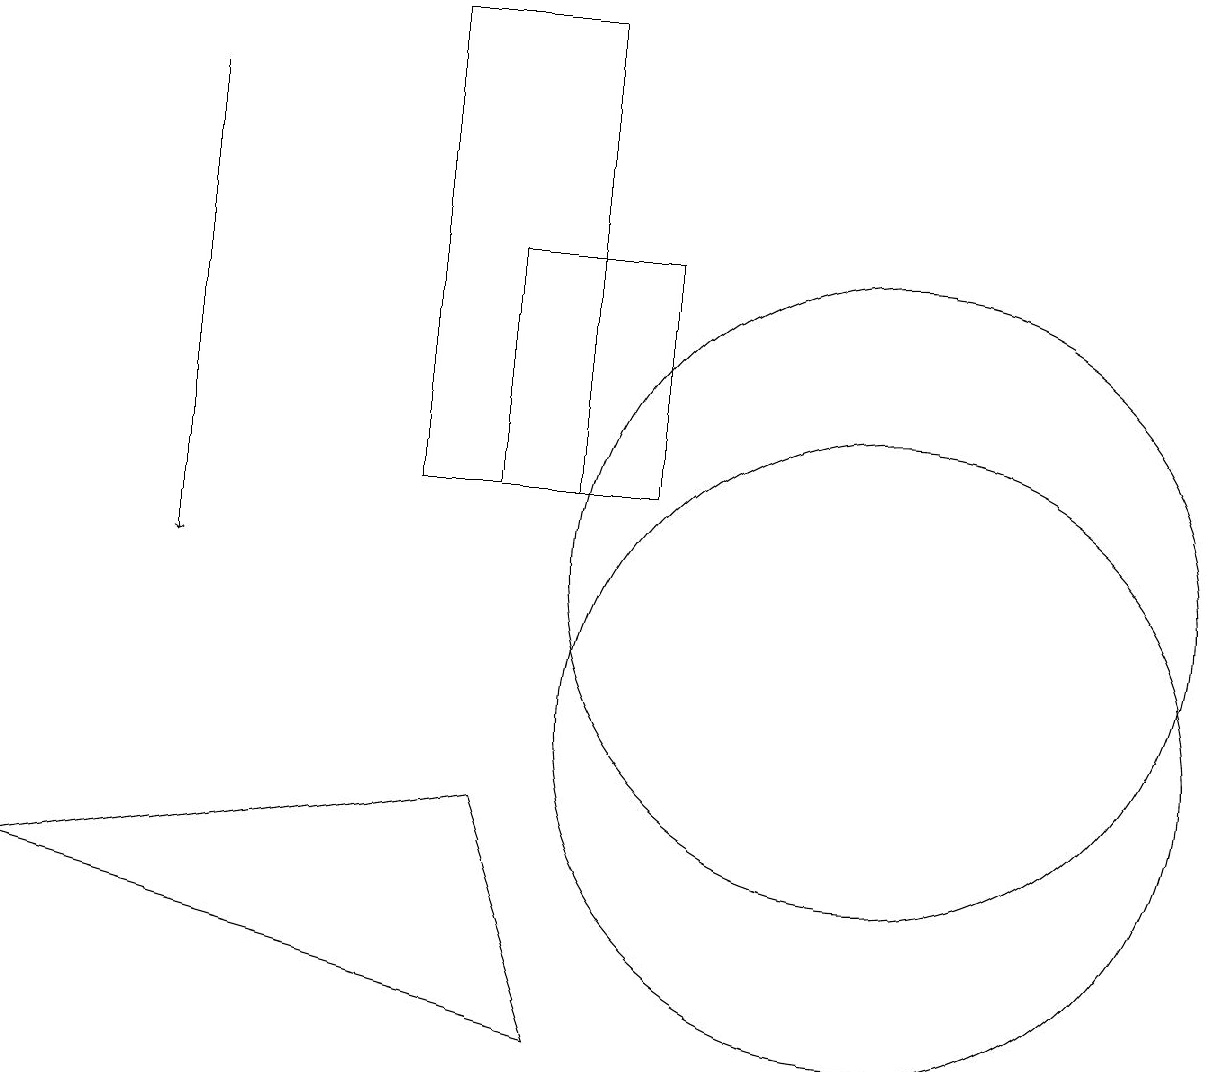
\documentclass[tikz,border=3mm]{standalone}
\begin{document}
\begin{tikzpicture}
\draw (11,10) circle (4);
\draw (8,16) rectangle (6,13);
\draw (6,9) -- (7,6) -- (0,8) -- cycle;
\draw (5,19) rectangle (7,13);
\draw (11,12) circle (4);
\draw[->] (2,18) -- (2,12);
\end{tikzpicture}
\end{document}